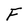
Character: F